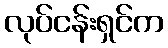
လုပ်ငန်းရှင်က